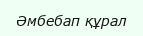
Әмбебап құрал